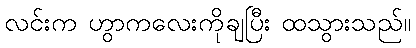
လင်းက ဟွာကလေးကိုချပြီး ထသွားသည်။